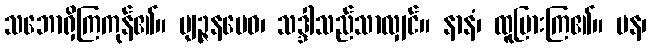
သဘောရှိကြကုန်၏။ ဗျဉ္ဇနမေဝ၊ သဒ္ဒါသည်သာလျှင်။ နာနံ၊ ထူပြားကြ၏။ ပန၊